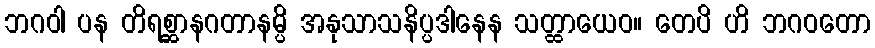
ဘဂဝါ ပန တိရစ္ဆာနဂတာနမ္ပိ အနုသာသနိပ္ပဒါနေန သတ္ထာယေဝ။ တေပိ ဟိ ဘဂဝတော